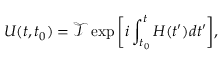
U ( t , t _ { 0 } ) = \mathcal { T } \exp \bigg [ i \int _ { t _ { 0 } } ^ { t } H ( t ^ { \prime } ) d t ^ { \prime } \bigg ] ,